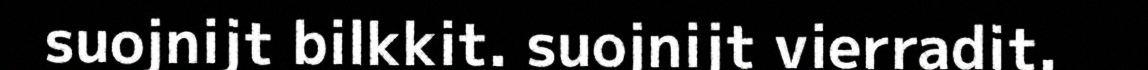
suojnijt bilkkit. suojnijt vierradit.